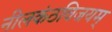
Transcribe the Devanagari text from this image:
नीलकंठविजयम्